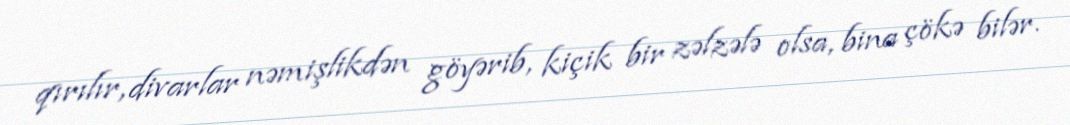
qırılır, divarlar nəmişlikdən göyərib, kiçik bir zəlzələ olsa, bina çökə bilər.